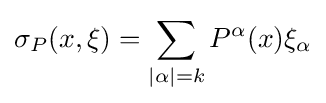
\sigma _{P}(x,\xi )=\sum _{|\alpha |=k}P^{\alpha }(x)\xi _{\alpha }